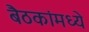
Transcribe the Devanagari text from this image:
बैठकांमध्ये